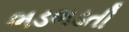
ભડભડતી